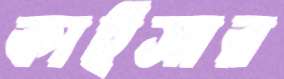
কাইসার